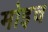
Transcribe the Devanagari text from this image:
मोइच